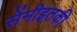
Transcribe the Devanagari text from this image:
सेंमीइतकी